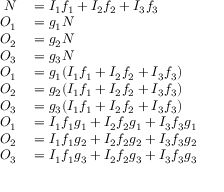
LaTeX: \begin{array} { r l } { N } & { { } = I _ { \mathrm { 1 } } f _ { \mathrm { 1 } } + I _ { \mathrm { 2 } } f _ { \mathrm { 2 } } + I _ { \mathrm { 3 } } f _ { \mathrm { 3 } } } \\ { O _ { \mathrm { 1 } } } & { { } = g _ { \mathrm { 1 } } N } \\ { O _ { \mathrm { 2 } } } & { { } = g _ { \mathrm { 2 } } N } \\ { O _ { \mathrm { 3 } } } & { { } = g _ { \mathrm { 3 } } N } \\ { O _ { \mathrm { 1 } } } & { { } = g _ { \mathrm { 1 } } ( I _ { \mathrm { 1 } } f _ { \mathrm { 1 } } + I _ { \mathrm { 2 } } f _ { \mathrm { 2 } } + I _ { \mathrm { 3 } } f _ { \mathrm { 3 } } ) } \\ { O _ { \mathrm { 2 } } } & { { } = g _ { \mathrm { 2 } } ( I _ { \mathrm { 1 } } f _ { \mathrm { 1 } } + I _ { \mathrm { 2 } } f _ { \mathrm { 2 } } + I _ { \mathrm { 3 } } f _ { \mathrm { 3 } } ) } \\ { O _ { \mathrm { 3 } } } & { { } = g _ { \mathrm { 3 } } ( I _ { \mathrm { 1 } } f _ { \mathrm { 1 } } + I _ { \mathrm { 2 } } f _ { \mathrm { 2 } } + I _ { \mathrm { 3 } } f _ { \mathrm { 3 } } ) } \\ { O _ { \mathrm { 1 } } } & { { } = I _ { \mathrm { 1 } } f _ { \mathrm { 1 } } g _ { \mathrm { 1 } } + I _ { \mathrm { 2 } } f _ { \mathrm { 2 } } g _ { \mathrm { 1 } } + I _ { \mathrm { 3 } } f _ { \mathrm { 3 } } g _ { \mathrm { 1 } } } \\ { O _ { \mathrm { 2 } } } & { { } = I _ { \mathrm { 1 } } f _ { \mathrm { 1 } } g _ { \mathrm { 2 } } + I _ { \mathrm { 2 } } f _ { \mathrm { 2 } } g _ { \mathrm { 2 } } + I _ { \mathrm { 3 } } f _ { \mathrm { 3 } } g _ { \mathrm { 2 } } } \\ { O _ { \mathrm { 3 } } } & { { } = I _ { \mathrm { 1 } } f _ { \mathrm { 1 } } g _ { \mathrm { 3 } } + I _ { \mathrm { 2 } } f _ { \mathrm { 2 } } g _ { \mathrm { 3 } } + I _ { \mathrm { 3 } } f _ { \mathrm { 3 } } g _ { \mathrm { 3 } } } \end{array}